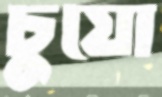
চুয়ো